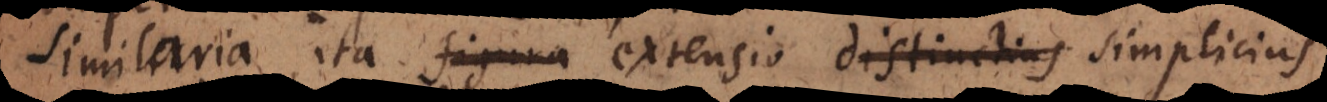
similaria, ita figura extensio distinctius